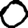
Digit: 0